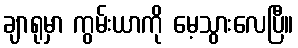
ချာရုမှာ ကွမ်းယာကို မေ့သွားလေပြီ။